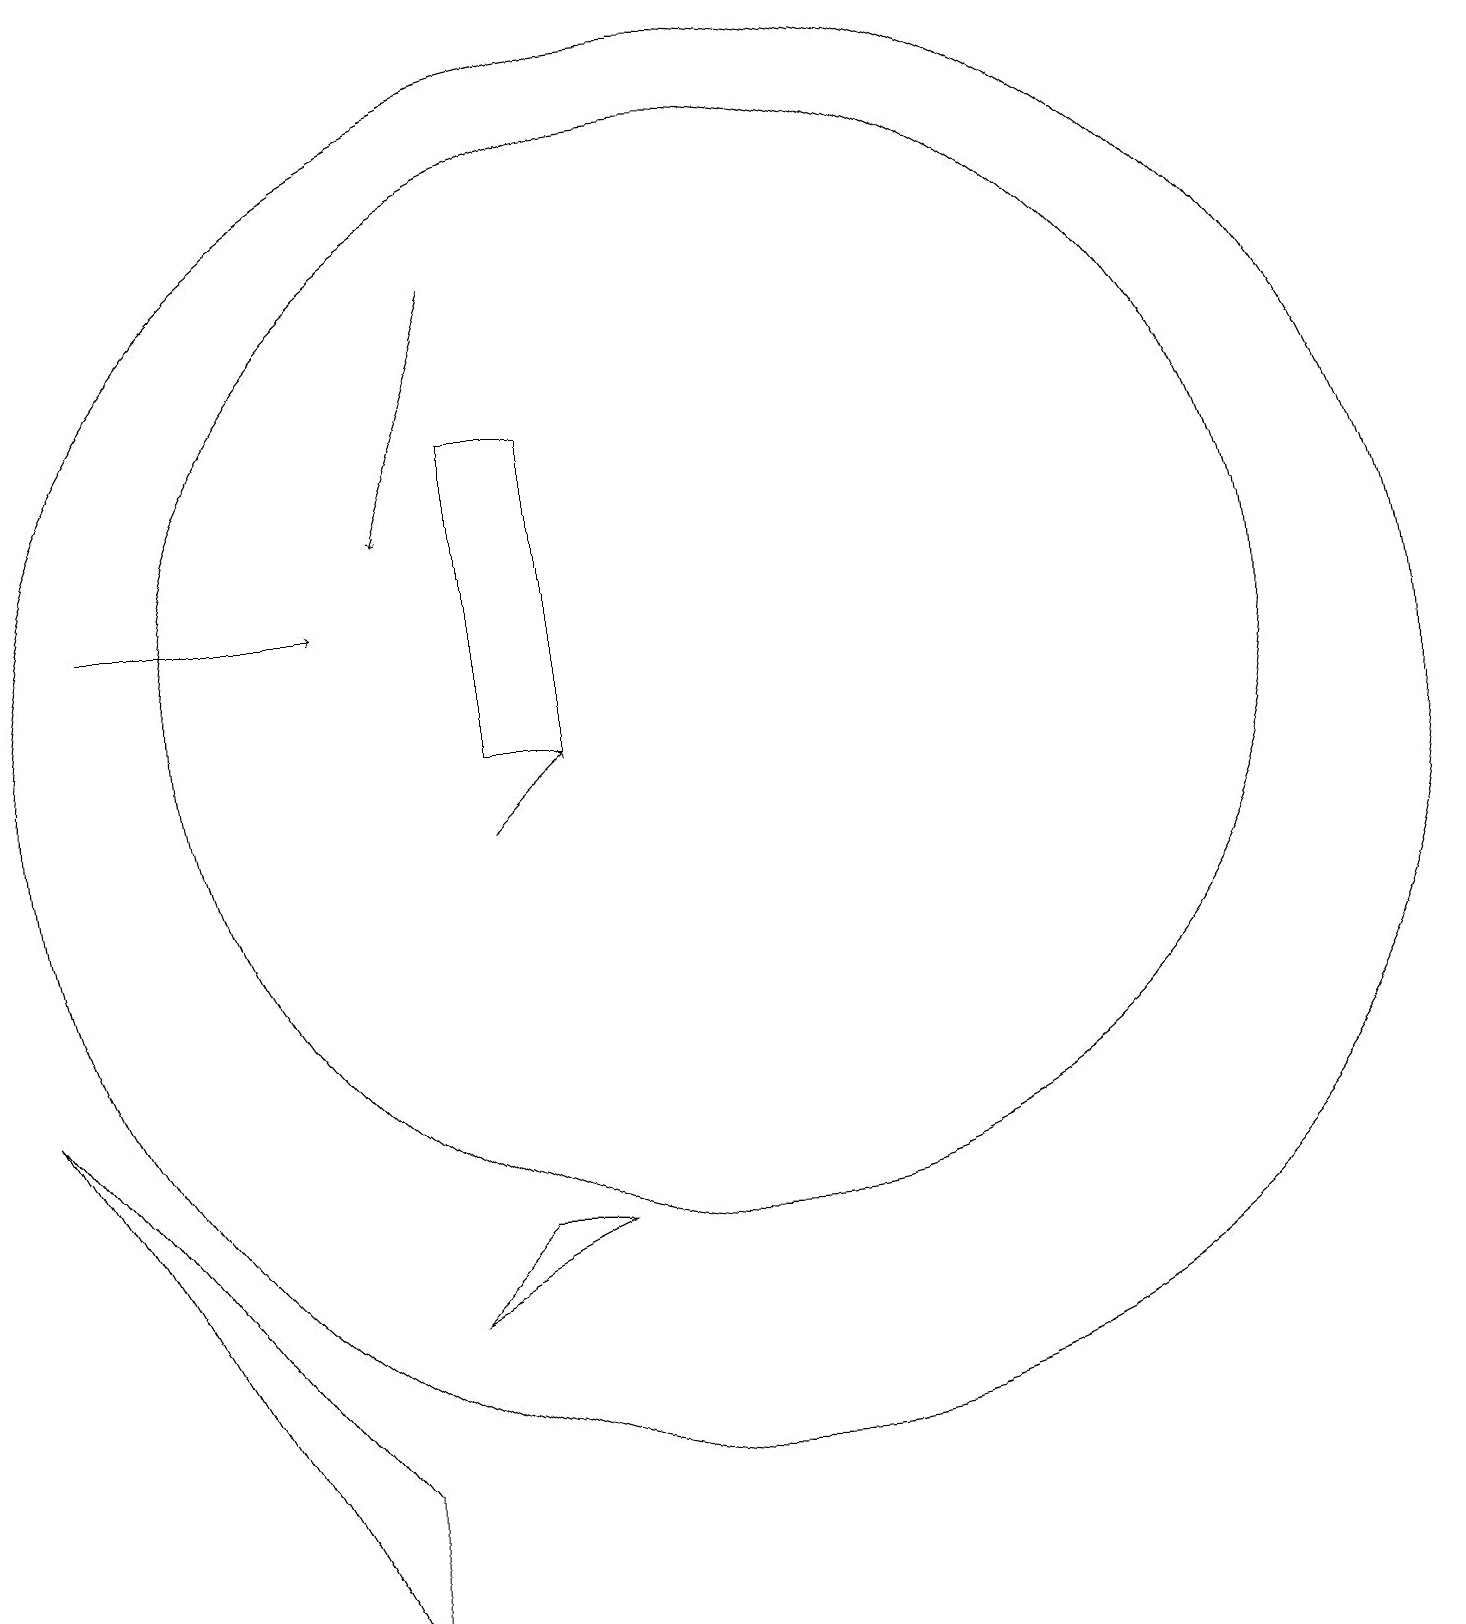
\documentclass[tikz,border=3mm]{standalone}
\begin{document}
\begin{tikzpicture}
\draw (11,12) circle (7);
\draw (8,5) -- (9,5) -- (7,4) -- cycle;
\draw[->] (8,17) -- (7,14);
\draw[->] (8,10) -- (9,11);
\draw (9,15) rectangle (8,11);
\draw (11,11) circle (9);
\draw (2,7) -- (6,0) -- (6,2) -- cycle;
\draw[->] (3,13) -- (6,13);
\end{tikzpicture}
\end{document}